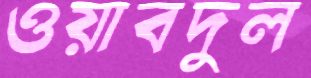
ওয়াবদুল